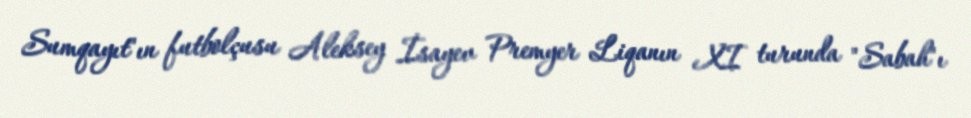
Sumqayıt"ın futbolçusu Aleksey İsayev Premyer Liqanın XI turunda "Sabah"ı